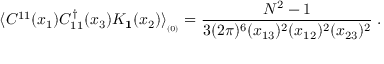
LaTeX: \langle { \cal C } ^ { 1 1 } ( x _ { 1 } ) { \cal C } _ { 1 1 } ^ { \dagger } ( x _ { 3 } ) { \cal K } _ { { \bf 1 } } ( x _ { 2 } ) \rangle _ { _ { ( 0 ) } } = { \frac { N ^ { 2 } - 1 } { 3 ( 2 \pi ) ^ { 6 } ( x _ { 1 3 } ) ^ { 2 } ( x _ { 1 2 } ) ^ { 2 } ( x _ { 2 3 } ) ^ { 2 } } } \; .